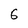
Character: 6